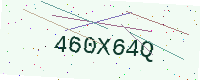
Text: 460X64Q